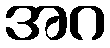
အဂ